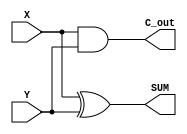
module half_adder(X,Y,SUM,C_out);
input X,Y;
output SUM,C_out;

xor(SUM,X,Y);
and(C_out,X,Y);

endmodule